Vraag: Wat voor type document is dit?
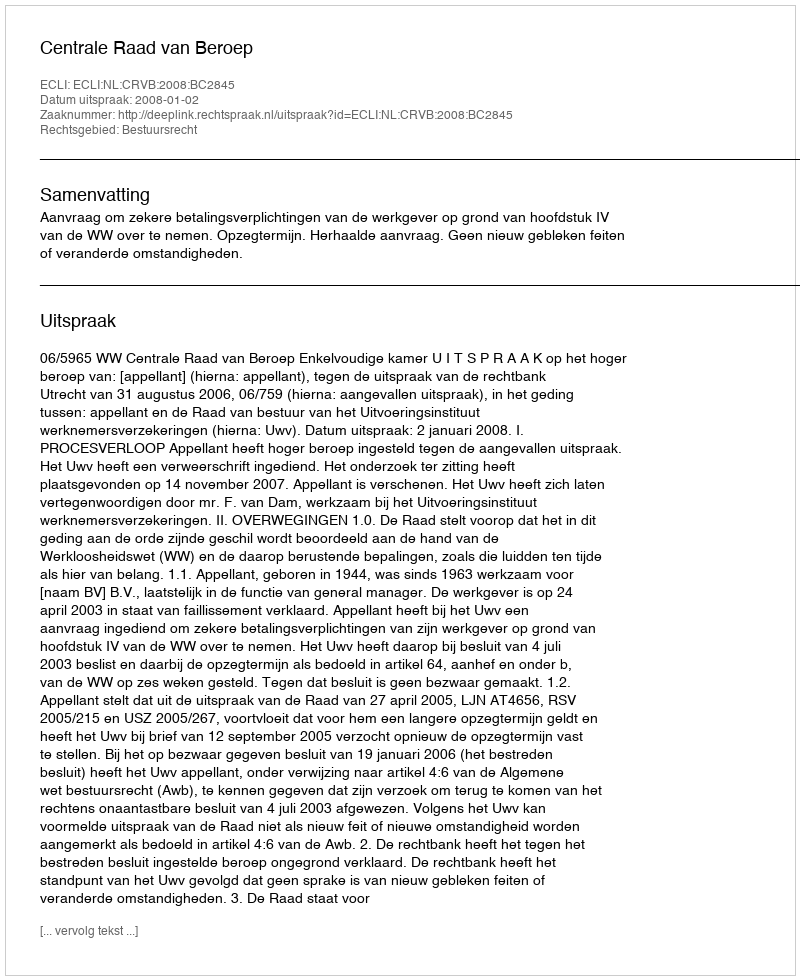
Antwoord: Uitspraak